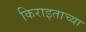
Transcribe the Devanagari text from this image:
किराइताच्या